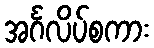
အင်္ဂလိပ်စကား